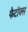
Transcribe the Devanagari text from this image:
फैटॉक्स